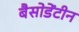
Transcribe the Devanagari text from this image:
बैसोडेंटीन